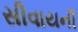
સીવાયની